Rules regarding the measures to be adopted on the outbreak of cholera or appearance of small-pox
Disease focus: Cholera
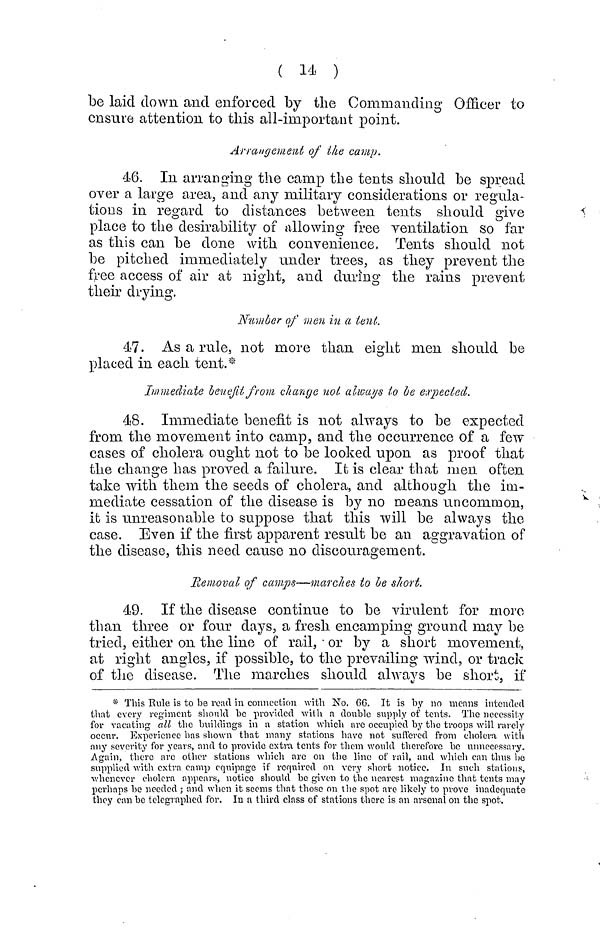
( 14 )
be laid clown and enforced by the Commanding Officer to
ensure attention to this all-important point.
Arrangement of ihe camp.
46. In arranging the camp the tents should be spread
over a large area, and any military considerations or regula-
tions in regard to distances between tents should give
place to the desirability of allowing free ventilation so far
as this can be done with convenience, Tents should not
be pitched immediately under trees, as they prevent the
free access of air at night, and during the rains prevent
their drying,
Number of men in a lent.
47. As a rule, not more than eight men should be
placed in each tent.*
Immediate benefit from change not always to be expected.
48. Immediate benefit is not always to be expected
from the movement into camp, and the occurrence of a few
cases of cholera ought not to be looked upon as proof that
the change has proved a failure. It is clear that men often
take with them the seeds of cholera, and although the im-
mediate cessation of the disease is by no means uncommon,
it is unreasonable to suppose that this will be always the
case. Even if the first apparent result be an aggravation of
the disease, this need cause no discouragement.
Removal of camps—marches to be short.
49. If the disease continue to be virulent for more
than three or four days, a fresh encamping ground may be
tried, either on the line of rail, or by a short movement,
at right angles, if possible, to the prevailing wind, or track
of the disease. The marches should always be short, if
* This Eule is to be read in connection with No. 66. It is by no means intended
that every regiment should be provided with a double supply of tents. The necessity
for vacating all the buildings in a station which are occupied by the troops will rarely
occur. Experience has shown that many stations have not suffered from cholera with
any severity for years, and to provide extra tents for them would therefore be unnecessary.
Again, there are other stations which arc on the line of rail, and which can thus be
supplied with extra camp equipage if required on very short notice. In such stations,
whenever cholera appears, notice should be given to the nearest magazine that tents may
perhaps be needed ; and when it seems that those on the spot are likely to prove inadequate
they can be telegraphed for. In a third class of stations there is an arsenal on the spot.